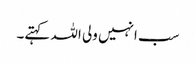
سب انہیں ولی اللہ کہتے۔